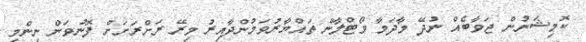
ކޮމިޝަނުން ޖަވާބެއް ނުދޭ މާދަމާ ވޯޓްލާން ތައްޔާރުވަމުންދާއިރު މިރޭ ރަށްރަށަށް ފޮނުވަން ނިންމި